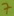
Text: 7